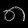
Digit: ၈